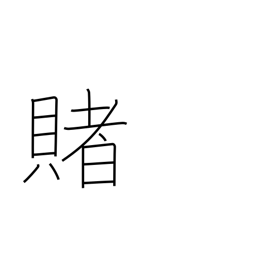
Meaning: wager